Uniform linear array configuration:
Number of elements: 8
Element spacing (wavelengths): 0.5
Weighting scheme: hann
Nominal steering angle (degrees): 15
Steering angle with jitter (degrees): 15.23
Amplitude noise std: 0.05
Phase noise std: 0.05

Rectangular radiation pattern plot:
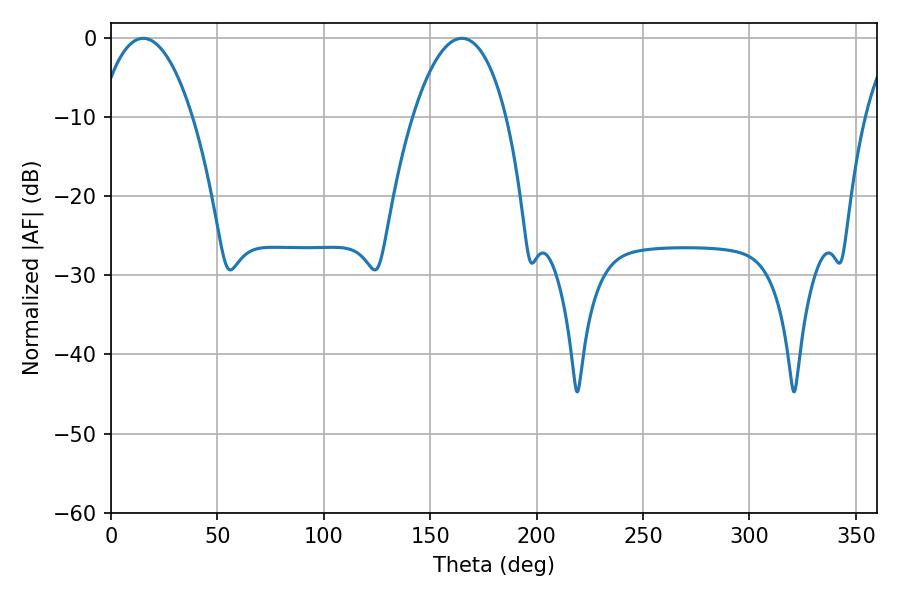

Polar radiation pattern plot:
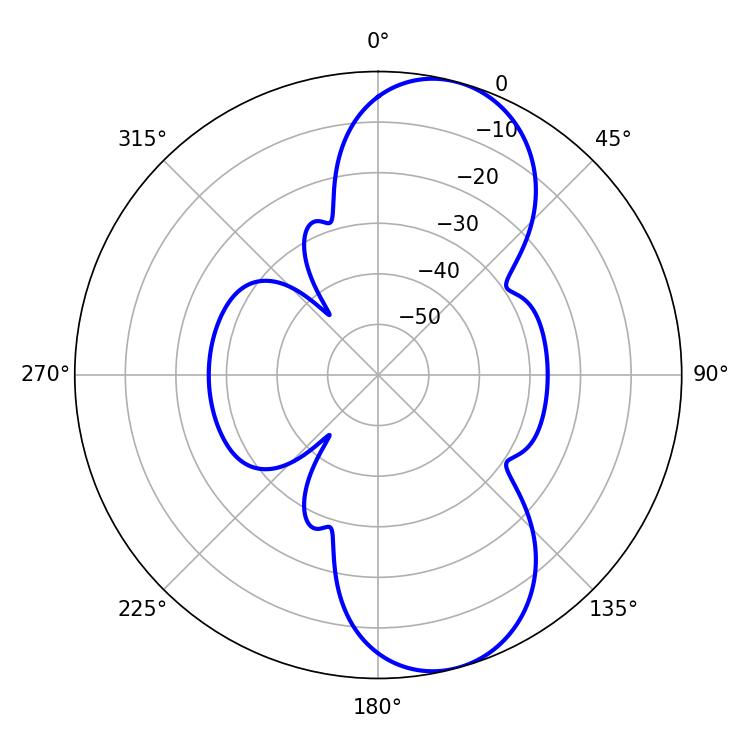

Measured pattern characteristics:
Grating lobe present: FALSE
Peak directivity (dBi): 9.136
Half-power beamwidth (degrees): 24.48
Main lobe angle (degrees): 15.12